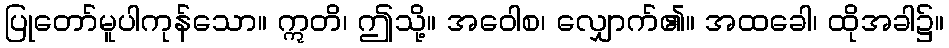
ပြုတော်မူပါကုန်သော။ ဣတိ၊ ဤသို့။ အဝေါစ၊ လျှောက်၏။ အထခေါ၊ ထိုအခါ၌။